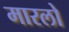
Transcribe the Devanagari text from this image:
मारलो